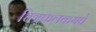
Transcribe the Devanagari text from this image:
चित्रफलकमद्ये